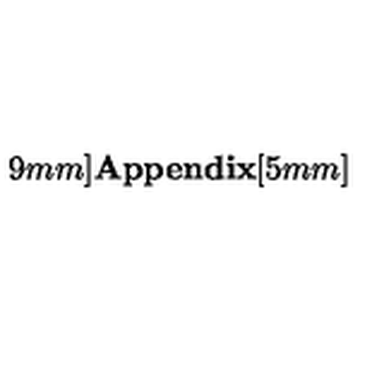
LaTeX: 9 m m ] { \Large \bf A p p e n d i x } [ 5 m m ]